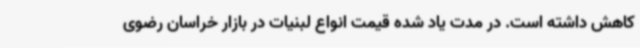
کاهش داشته است. در مدت یاد شده قیمت انواع لبنیات در بازار خراسان رضوی